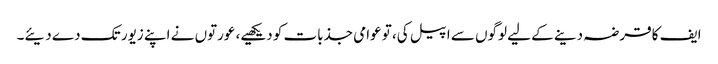
ایف کا قرضہ دینے کے لیے لوگوں سے اپیل کی، تو عوامی جذبات کو دیکھیے، عورتوں نے اپنے زیور تک دے دیئے۔